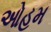
ઓહમ